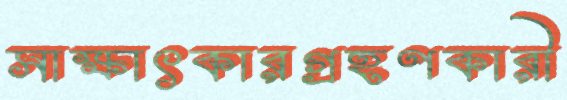
সাক্ষাৎকারগ্রহণকারী